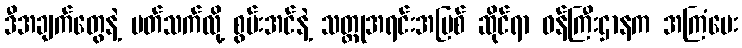
ဒီအချက်တွေနဲ့ ပတ်သက်လို့ စွမ်းအင်နဲ့ သတ္တုအရင်းအမြစ် ဆိုင်ရာ ဝန်ကြီးဌာနက အကြံပေး